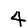
Digit: 4